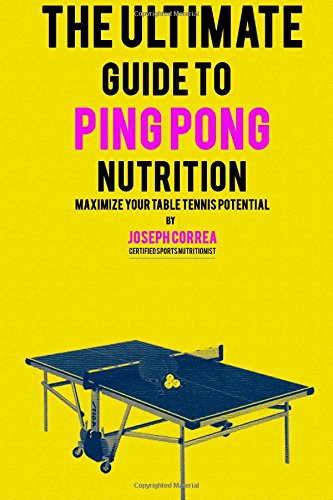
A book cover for The Ultimate Guide to Ping Pong Nutrition: Maximize Your Table Tennis Potential; Joseph Correa (Certified Sports Nutritionist); Sports & Outdoors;